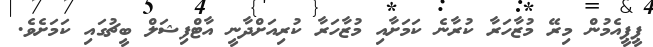
ޕީޕީއެމުން މިރޭ މުޒާހަރާ ކުރާނެ ކަމަށާއި މުޒާހަރާ ކުރިއަށްދާނީ އާޓްފިޝަލް ބީޗުގައި ކަމަށެވެ.